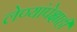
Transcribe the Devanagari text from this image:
लेण्यांपेक्षाही